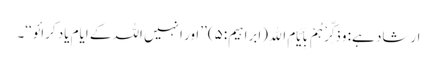
ارشاد ہے: وَذَکِّرْہُمْ بِاَیَّامِ اﷲِ (ابراہیم:۵) ’’اور انہیں اللہ کے ایام یاد کرائو‘‘۔